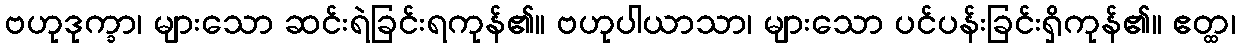
ဗဟုဒုက္ခာ၊ များသော ဆင်းရဲခြင်းရကုန်၏။ ဗဟုပါယာသာ၊ များသော ပင်ပန်းခြင်းရှိကုန်၏။ ဧတ္ထ၊